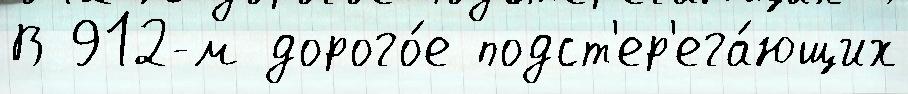
В 912-м дорого́е подст'ер'ега́ющих